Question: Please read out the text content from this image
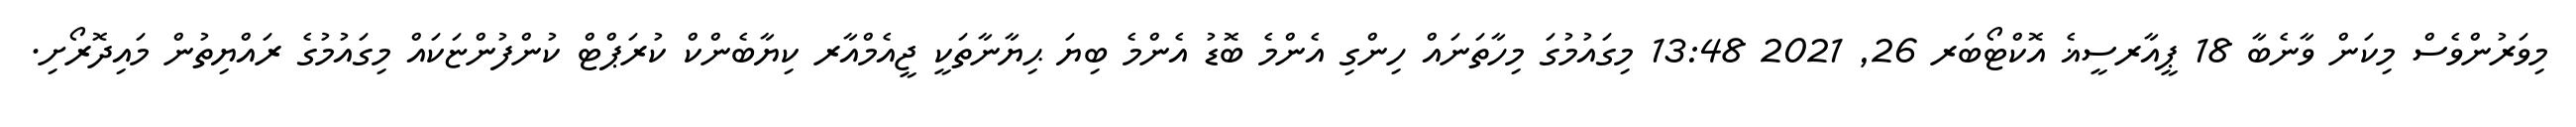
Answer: މިވަރުންވެސް މިކަން ވާނެބާ 18 ޕީއާރސީޣެ އޮކްޓޯބަރ 26, 2021 13:48 މިގައުމުގަ މިހާތަނައް ހިންގި އެންމެ ބޮޑު އެންމެ ބިޔަ ޙިޔާނާތަކީ ޖީއެމްއާރ ކިޔާބެންކް ކުރަޕްޓް ކުންފުންޏަކައް މިގައުމުގެ ރައްޔިތުން މައިދޮރޯށި.